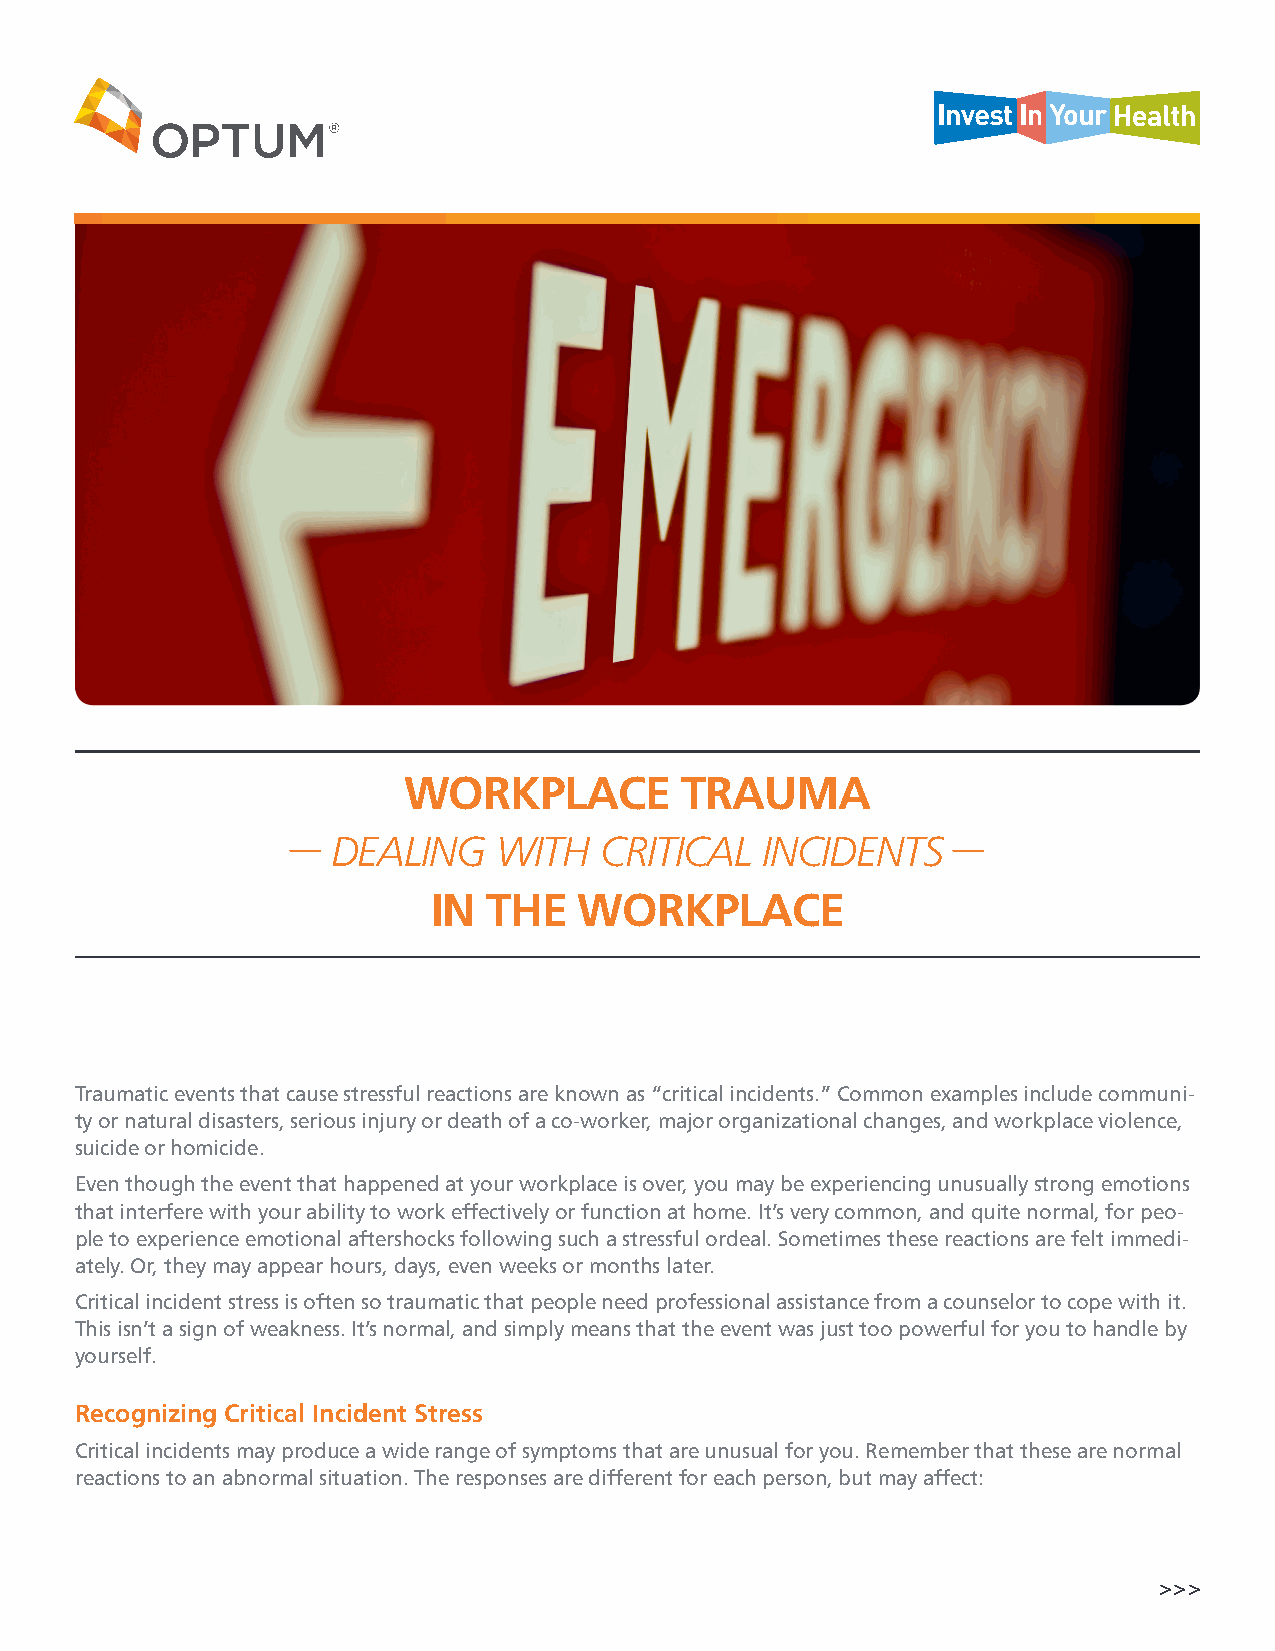
WORKPLACE         TRAUMA
 DEALING    WITH   CRITICAL  INCIDENTS
 IN THE   WORKPLACE
 Traumatic events that cause stressful reactions are known as “critical incidents.” Common examples include communi-
 ty or natural disasters, serious injury or death of a co-worker, major organizational changes, and workplace violence,
 suicide or homicide.
 Even though the event that happened at your workplace is over, you may be experiencing unusually strong emotions
 that interfere with your ability to work effectively or function at home. It’s very common, and quite normal, for peo-
 ple to experience emotional aftershocks following such a stressful ordeal. Sometimes these reactions are felt immedi-
 ately. Or, they may appear hours, days, even weeks or months later.
 Critical incident stress is often so traumatic that people need professional assistance from a counselor to cope with it.
 This isn’t a sign of weakness. It’s normal, and simply means that the event was just too powerful for you to handle by
 yourself.
 Recognizing Critical Incident Stress
 Critical incidents may produce a wide range of symptoms that are unusual for you. Remember that these are normal
 reactions to an abnormal situation. The responses are different for each person, but may affect:
 >>>